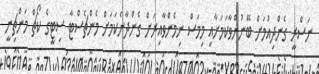
ނަސްރީ ގެންދިއުމަށް ބޭނުންވާކަމަށާއި މިމަސް ނިމެންވާއިރަށް ގެންދާނެކަމަށް މެންޗެސްޓާ ސިޓީގެ ކޯޗް މަންޗިނީ